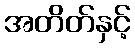
အတိတ်နှင့်